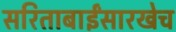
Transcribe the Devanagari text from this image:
सरिताबाईंसारखेच